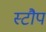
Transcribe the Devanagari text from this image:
स्टौप